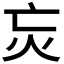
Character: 𭴆